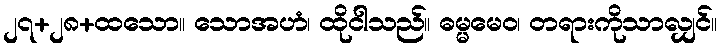
၂၇+၂၈+ထသော။ သောအဟံ၊ ထိုငါသည်။ ဓမ္မမေဝ၊ တရားကိုသာလျှင်။